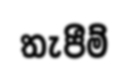
තැපීම්